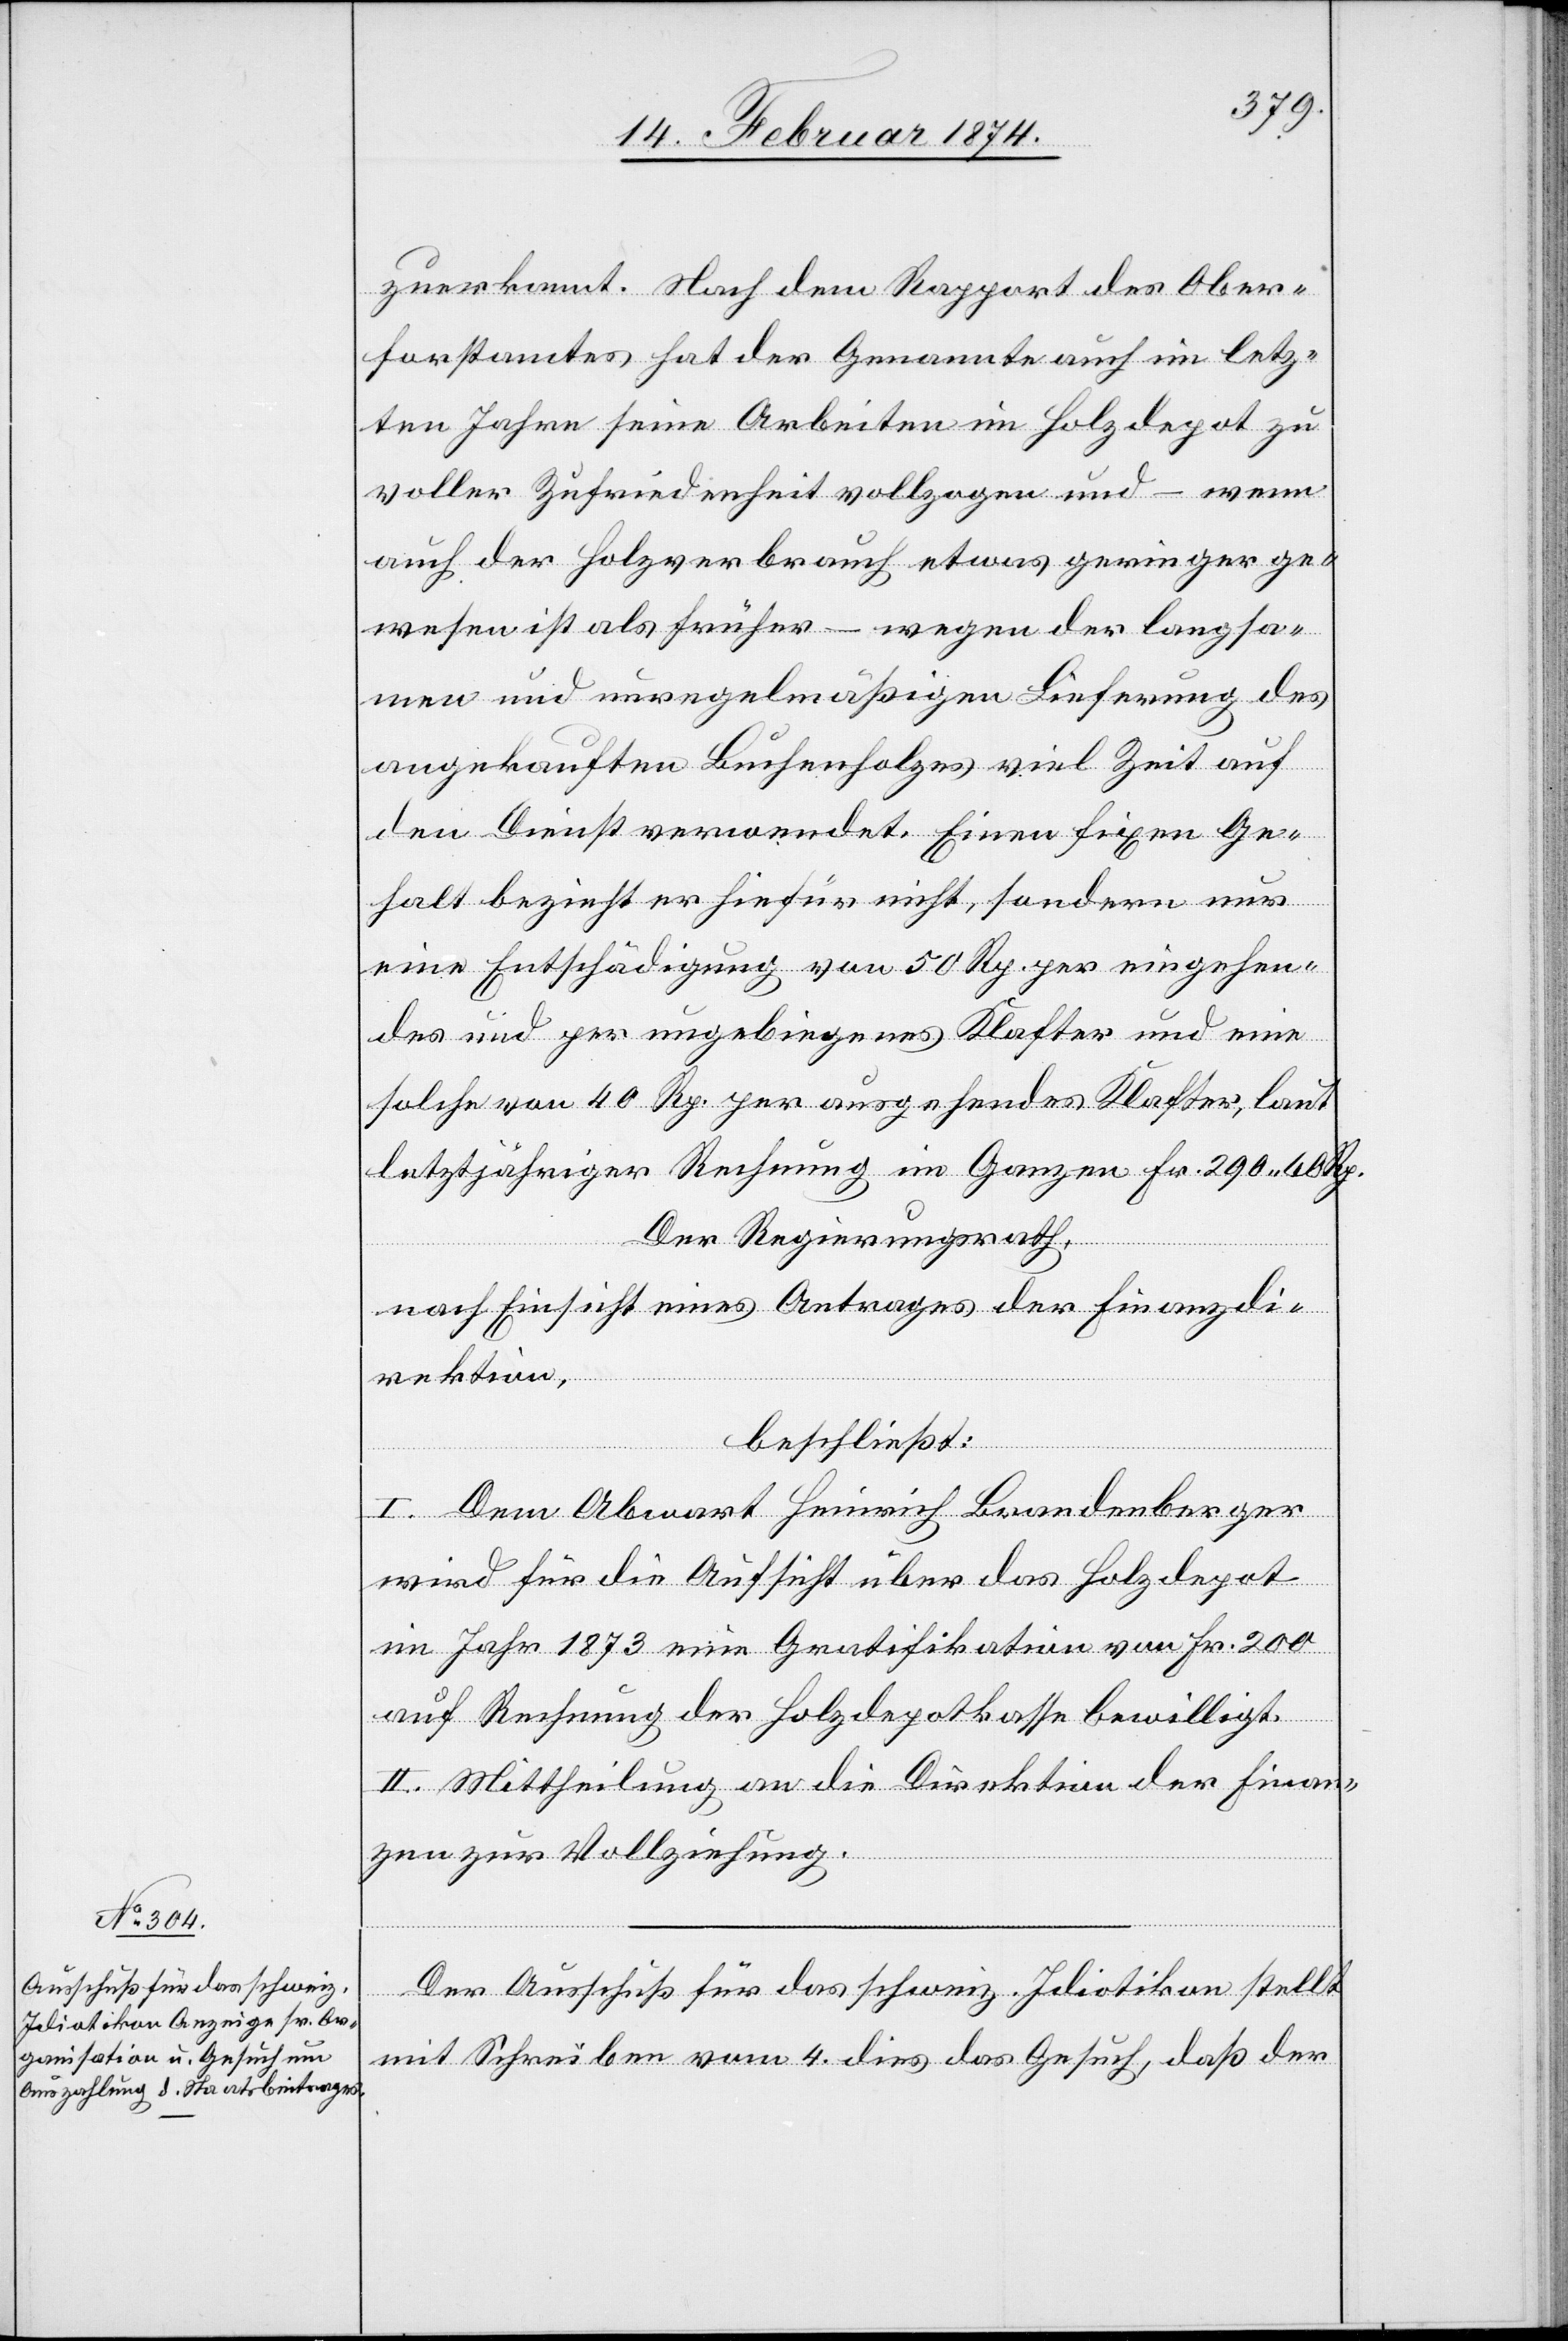
zuerkannt. Nach dem Rapport des Ober¬
forstamtes hat der Genannte auch im letz¬
ten Jahre seine Arbeiten im Holzdepot zu
voller Zufriedenheit vollzogen und – wenn
auch der Holverbrauch etwas geringer ge¬
wesen ist als früher – wegen der langsa¬
men und unregelmäßigen Lieferung des
angekauften Buchenholzes viel Zeit auf
den Dienst verwendet. Einen fixen Ge¬
halt bezieht er hiefür nicht, sondern nur
eine Entschädigung von 50 Rp. per eingehen¬
des und per ungebiegenes Klafter und eine
solche von 40 Rp. per ausgehendes Klafter, laut
letztjähriger Rechnung im Ganzen Fr. 290.60 Rp.
Der Regierungsrath,
nach Einsicht eines Antrages der Finanzdi¬
rektion,
beschließt:
I. Dem Abwart Heinrich Brandenberger
wird für die Aufsicht über das Holzdepot
im Jahre 1873 eine Gratifikation von Fr. 200
auf Rechnung der Holzdepotkasse bewilligt.
II. Mittheilung an die Direktion der Finan¬
zen zur Vollziehung.
Der Ausschuß für das schweiz. Idiotikon stellt
mit Schreiben vom 4. dies das Gesuch, daß der